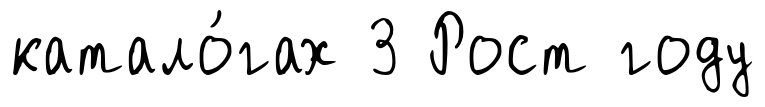
катало́гах 3 Рост году